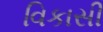
વિકાસી